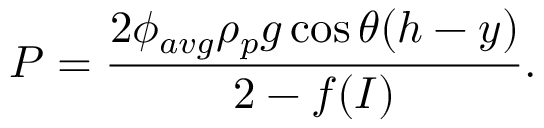
P = \frac { 2 \phi _ { a v g } \rho _ { p } g \cos \theta ( h - y ) } { 2 - f ( I ) } .